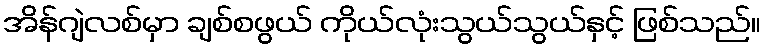
အိန်ဂျဲလစ်မှာ ချစ်စဖွယ် ကိုယ်လုံးသွယ်သွယ်နှင့် ဖြစ်သည်။